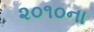
૨૦૧૦ના